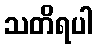
သတိရပါ